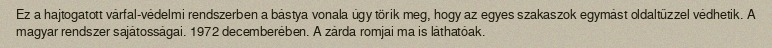
Ez a hajtogatott várfal-védelmi rendszerben a bástya vonala úgy törik meg, hogy az egyes szakaszok egymást oldaltűzzel védhetik. A magyar rendszer sajátosságai. 1972 decemberében. A zárda romjai ma is láthatóak.